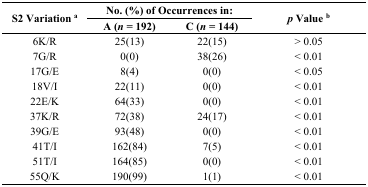
| <ROWSPAN=2> S2 Variation a | <COLSPAN=2> No. (%) of Occurrences in: | <ROWSPAN=2> p Value b |
 | A (n = 192) | C (n = 144) |
 | --- | --- | --- | --- |
 | 6K/R | 25(13) | 22(15) | > 0.05 |
 | 7G/R | 0(0) | 38(26) | < 0.01 |
 | 17G/E | 8(4) | 0(0) | < 0.05 |
 | 18V/I | 22(11) | 0(0) | < 0.01 |
 | 22E/K | 64(33) | 0(0) | < 0.01 |
 | 37K/R | 72(38) | 24(17) | < 0.01 |
 | 39G/E | 93(48) | 0(0) | < 0.01 |
 | 41T/I | 162(84) | 7(5) | < 0.01 |
 | 51T/I | 164(85) | 0(0) | < 0.01 |
 | 55Q/K | 190(99) | 1(1) | < 0.01 |